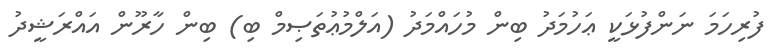
ފުރިހަމަ ނަންފުޅަކީ ޢަހުމަދު ބިން މުހައްމަދު (އަލްމުޢުތަޞިމް ބި) ބިން ހާރޫން އައްރަޝީދު